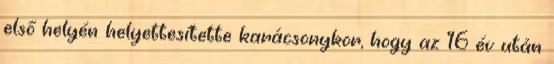
első helyén helyettesítette karácsonykor, hogy az 16 év után